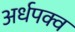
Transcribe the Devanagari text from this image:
अर्धपक्व